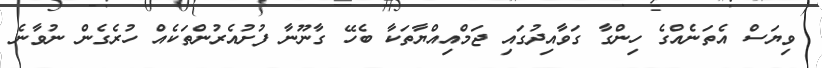
ވިޔަސް އެތަނެއްގެ ހިންގާ ގަވާއިދުގައި ޖަމްއިއްޔާތަކާ ބެހޭ ގާނޫނާ ފުށުއެރުންތަކެއް ހުރެގެން ނުވާނެ